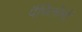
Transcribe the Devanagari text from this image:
पैपिलोमों